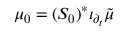
\mu _ { 0 } = ( S _ { 0 } ) ^ { * } \iota _ { \partial _ { t } } { \tilde { \mu } }